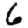
Digit: 6